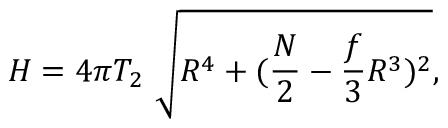
H = 4 \pi T _ { 2 } \ \sqrt { R ^ { 4 } + ( \frac { N } { 2 } - \frac { f } { 3 } R ^ { 3 } ) ^ { 2 } } ,